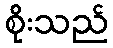
စိုးသည်